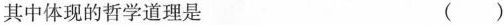
其中体现的哲学道理是 ( )